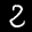
Label: 2